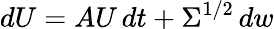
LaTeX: dU=AU\, dt+\Sigma^{1/2}\, dw